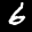
Label: 6